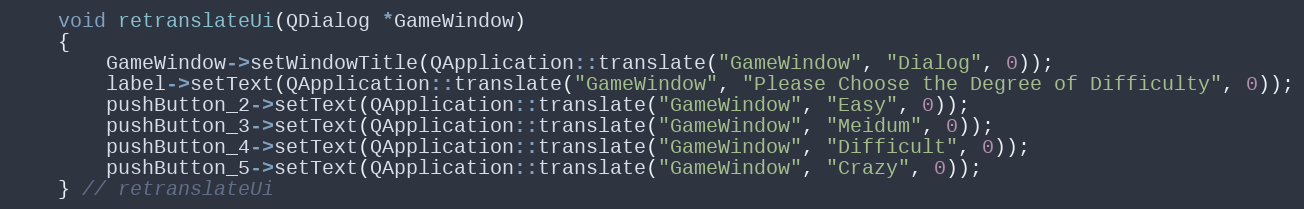
Language: C
    void retranslateUi(QDialog *GameWindow)
    {
        GameWindow->setWindowTitle(QApplication::translate("GameWindow", "Dialog", 0));
        label->setText(QApplication::translate("GameWindow", "Please Choose the Degree of Difficulty", 0));
        pushButton_2->setText(QApplication::translate("GameWindow", "Easy", 0));
        pushButton_3->setText(QApplication::translate("GameWindow", "Meidum", 0));
        pushButton_4->setText(QApplication::translate("GameWindow", "Difficult", 0));
        pushButton_5->setText(QApplication::translate("GameWindow", "Crazy", 0));
    } // retranslateUi